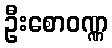
ဦးစောဝဏ္ဏ